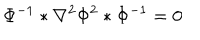
\Phi ^ { - 1 } * \nabla ^ { 2 } \Phi ^ { 2 } * \Phi ^ { - 1 } = 0